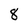
Character: 8